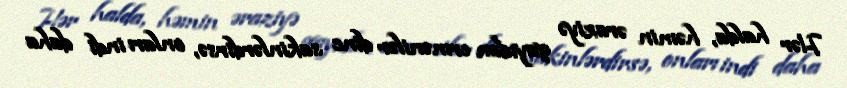
Hər halda, həmin əraziyə qayıdan ermənilər dinc sakinlərdirsə, onları indi daha